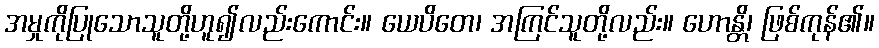
အမှုကိုပြုသောသူတို့ဟူ၍လည်းကောင်း။ ယေပိတေ၊ အကြင်သူတို့လည်း။ ဟောန္တိ၊ ဖြစ်ကုန်၏။